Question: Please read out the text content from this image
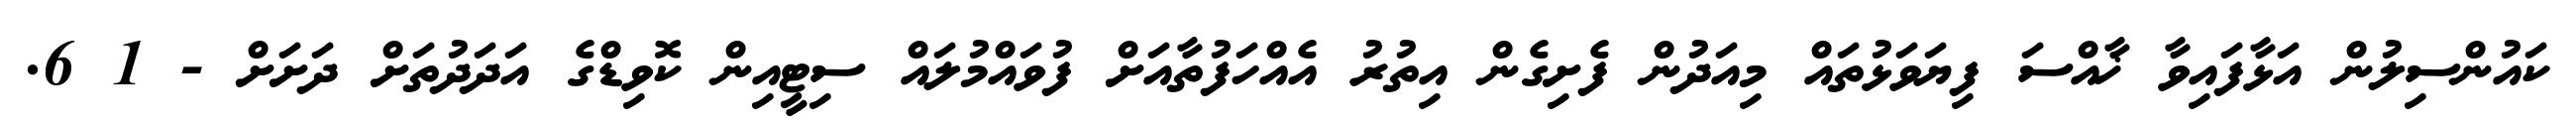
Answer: ކައުންސިލުން އަޅާފައިވާ ޚާއްސަ ފިޔަވަޅުތައް މިއަދުން ފެށިގެން އިތުރު އެއްހަފުތާއަށް ފުވައްމުލައް ސިޓީއިން ކޮވިޑްގެ އަދަދުތަށް ދަށަށް - 1 6.